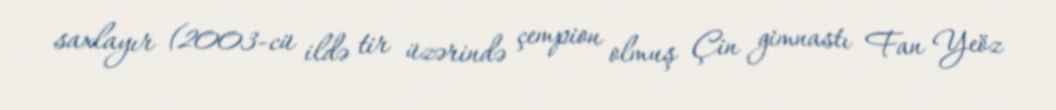
saxlayır (2003-cü ildə tir üzərində çempion olmuş Çin gimnastı Fan Yeöz